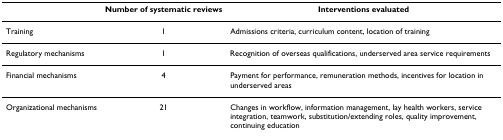
|  | Number of systematic reviews | Interventions evaluated |
 | --- | --- | --- |
 | Training | 1 | Admissions criteria, curriculum content, location of training |
 | Regulatory mechanisms | 1 | Recognition of overseas qualifications, underserved area service requirements |
 | Financial mechanisms | 4 | Payment for performance, remuneration methods, incentives for location in underserved areas |
 | Organizational mechanisms | 21 | Changes in workflow, information management, lay health workers, service integration, teamwork, substitution/extending roles, quality improvement, continuing education |